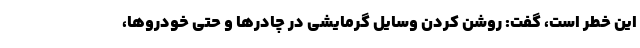
این خطر است، گفت: روشن کردن وسایل گرمایشی در چادرها و حتی خودروها،